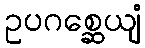
ဥပဂစ္ဆေယျံ